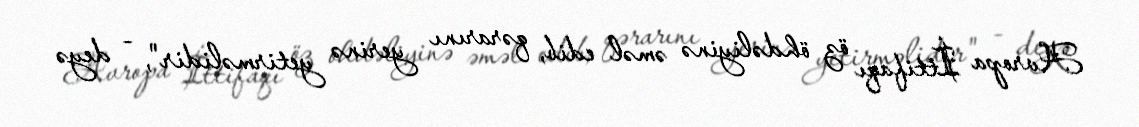
Avropa İttifaqı öz öhdəliyinə əməl edib, qərarını yerinə yetirməlidir", - deyə